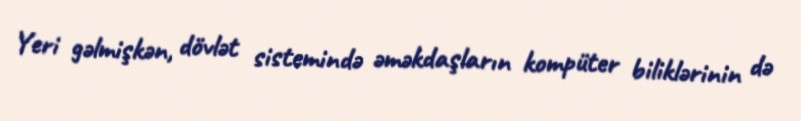
Yeri gəlmişkən, dövlət sistemində əməkdaşların kompüter biliklərinin də